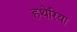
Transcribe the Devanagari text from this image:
हथेरिया